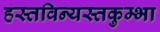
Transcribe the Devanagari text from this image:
हस्तविन्यस्तकुम्भा